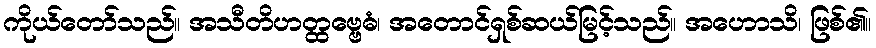
ကိုယ်တော်သည်။ အသီတိဟတ္ထဗ္ဗေဓံ၊ အတောင်ရှစ်ဆယ်မြင့်သည်။ အဟောသိ၊ ဖြစ်၏။